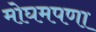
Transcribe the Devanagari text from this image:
मोघमपणा